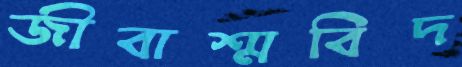
জীবাশ্মবিদ